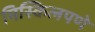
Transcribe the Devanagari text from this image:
मिस्किलपणे